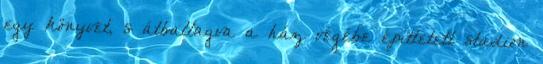
egy könyvet, s átballagva a ház végébe építtetett stadion